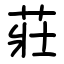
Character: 莊